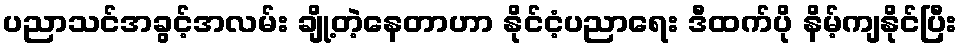
ပညာသင်အခွင့်အလမ်း ချို့တဲ့နေတာဟာ နိုင်ငံ့ပညာရေး ဒီထက်ပို နိမ့်ကျနိုင်ပြီး